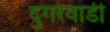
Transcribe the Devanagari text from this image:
दुगरवाडी